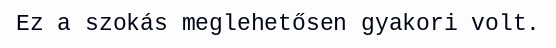
Ez a szokás meglehetősen gyakori volt.